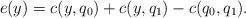
LaTeX: \begin{align*}e(y)=c(y,q_0)+c(y,q_1)-c(q_0,q_1).\end{align*}